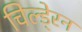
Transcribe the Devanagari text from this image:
चिल्डे्रन